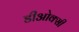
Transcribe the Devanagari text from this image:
डीओक्सी